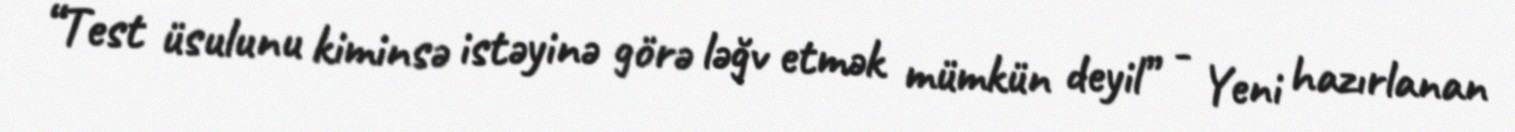
“Test üsulunu kiminsə istəyinə görə ləğv etmək mümkün deyil” - Yeni hazırlanan